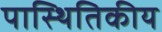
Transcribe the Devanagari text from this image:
पास्थितिकीय